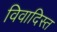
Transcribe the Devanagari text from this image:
विवादिस्त